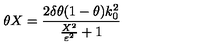
\theta X = \frac { 2 \delta \theta ( 1 - \theta ) k _ { 0 } ^ { 2 } } { \frac { X ^ { 2 } } { \varepsilon ^ { 2 } } + 1 }